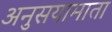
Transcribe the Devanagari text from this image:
अनुसयामाता